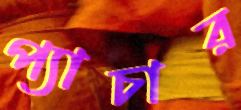
প্যাচার